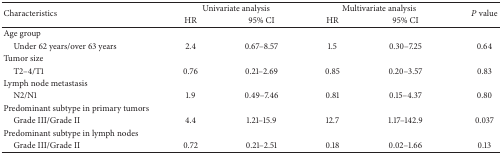
| <ROWSPAN=2> Characteristics | <COLSPAN=2> Univariate analysis | <COLSPAN=2> Multivariate analysis | <ROWSPAN=2> P value |
 | HR | 95% CI | HR | 95% CI |
 | --- | --- | --- | --- | --- | --- |
 | Age group |  |  |  |  |  |
 | Under 62 years/over 63 years | 2.4 | 0.67–8.57 | 1.5 | 0.30–7.25 | 0.64 |
 | Tumor size |  |  |  |  |  |
 | T2–4/T1 | 0.76 | 0.21–2.69 | 0.85 | 0.20–3.57 | 0.83 |
 | Lymph node metastasis |  |  |  |  |  |
 | N2/N1 | 1.9 | 0.49–7.46 | 0.81 | 0.15–4.37 | 0.80 |
 | Predominant subtype in primary tumors |  |  |  |  |  |
 | Grade III/Grade II | 4.4 | 1.21–15.9 | 12.7 | 1.17–142.9 | 0.037 |
 | Predominant subtype in lymph nodes |  |  |  |  |  |
 | Grade III/Grade II | 0.72 | 0.21–2.51 | 0.18 | 0.02–1.66 | 0.13 |